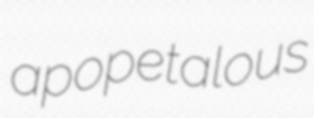
apopetalous